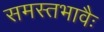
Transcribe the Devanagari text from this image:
समस्तभावैः